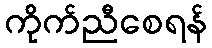
ကိုက်ညီစေရန်